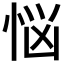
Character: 悩